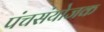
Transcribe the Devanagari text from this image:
पंचसंयोजक